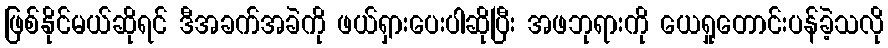
ဖြစ်နိုင်မယ်ဆိုရင် ဒီအခက်အခဲကို ဖယ်ရှားပေးပါဆိုပြီး အဖဘုရားကို ယေရှုတောင်းပန်ခဲ့သလို